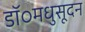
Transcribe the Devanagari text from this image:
डॉ०मधुसूदन